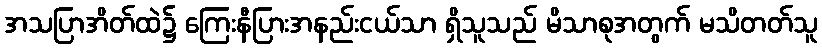
အသပြာအိတ်ထဲ၌ ကြေးနီပြားအနည်းငယ်သာ ရှိသူသည် မိသာစုအတွက် မသိတတ်သူ